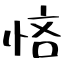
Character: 悋